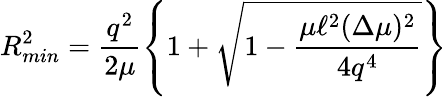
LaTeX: R_{min}^{2}=\frac{q^{2}}{2\mu}\left\{ 1+\sqrt{1-\frac{\mu\ell^{2}(\Delta\mu)^{2}}{4q^{4}}}\right\}